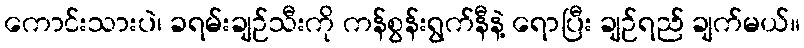
ကောင်းသားပဲ၊ ခရမ်းချဉ်သီးကို ကန်စွန်းရွက်နီနဲ့ ရောပြီး ချဉ်ရည် ချက်မယ်။